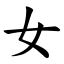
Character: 女